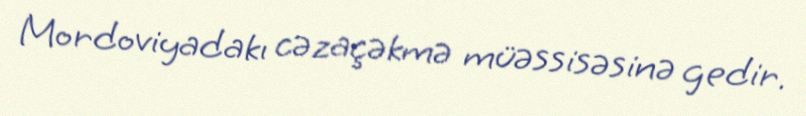
Mordoviyadakı cəzaçəkmə müəssisəsinə gedir.